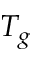
T _ { g }